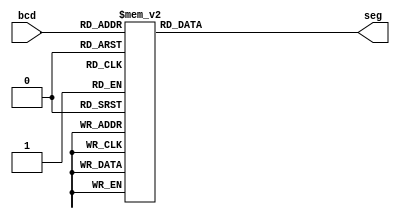

module BCDto7Segment(
    input [3:0] bcd,
    output reg [6:0] seg
);

always @(*) begin
    case (bcd)
        4'b0000: seg = 7'b0111111; // 0
        4'b0001: seg = 7'b0000110; // 1
        4'b0010: seg = 7'b1011011; // 2
        4'b0011: seg = 7'b1001111; // 3
        4'b0100: seg = 7'b1100110; // 4
        4'b0101: seg = 7'b1101101; // 5
        4'b0110: seg = 7'b1111101; // 6
        4'b0111: seg = 7'b0000111; // 7
        4'b1000: seg = 7'b1111111; // 8
        4'b1001: seg = 7'b1101111; // 9
        default: seg = 7'b0000000; // Blank (or could be an error indicator)
    endcase
end

endmodule